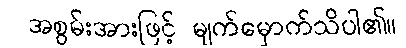
အစွမ်းအားဖြင့် မျက်မှောက်သိပါ၏။